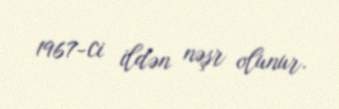
1967-ci ildən nəşr olunur.